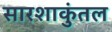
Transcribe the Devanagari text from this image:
सारशाकुंतल